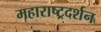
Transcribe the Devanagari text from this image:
महाराष्ट्रदर्शन